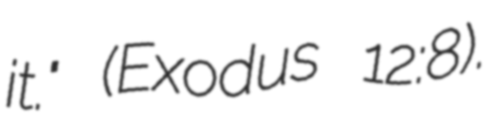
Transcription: it." (Exodus 12:8).